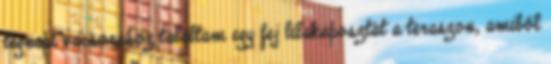
tegnapi vacsorához találtam egy fej lilakáposztát a teraszon, amiből